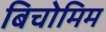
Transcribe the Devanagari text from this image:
बिचोमिम